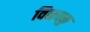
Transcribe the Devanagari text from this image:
विळक्कु